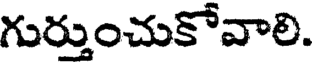
గుర్తుంచుకోవాలి.